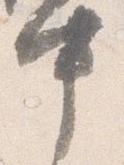
中